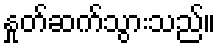
နှုတ်ဆက်သွားသည်။